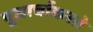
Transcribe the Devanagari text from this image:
पूजार्चाकरते